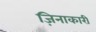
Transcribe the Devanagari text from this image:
ज़िनाकारी